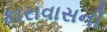
કારાવાસની